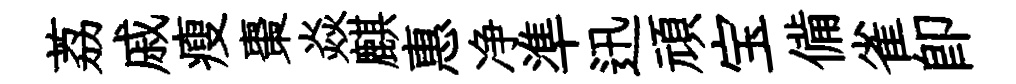
荔戚瘦棗焱麒惠净準迅頑宝備雀卽